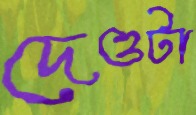
দেওটা